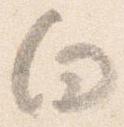
向